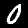
Label: 0